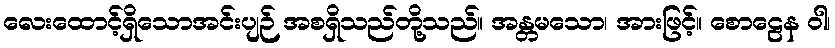
လေးထောင့်ရှိသောအင်းပျဉ် အစရှိသည်တို့သည်။ အန္တမသော၊ အားဖြင့်။ စောဠေန ဝါ၊